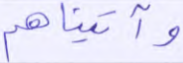
وآتيناهم